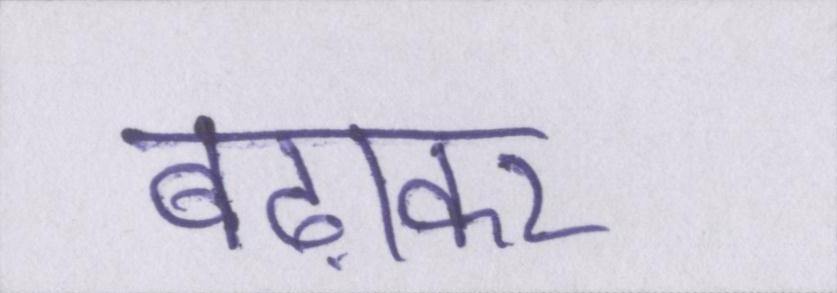
बढ़ाकर